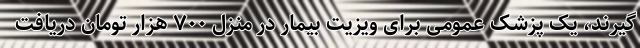
گیرند، یک پزشک عمومی برای ویزیت بیمار در منزل ۷۰۰ هزار تومان دریافت